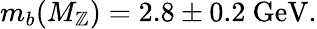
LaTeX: m_{b}(M_{\mathbb{Z}})=2.8\pm0.2\ \mathrm{{GeV}}.